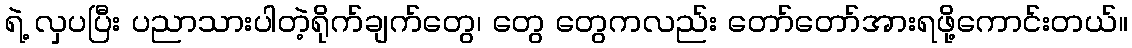
ရဲ့ လှပပြီး ပညာသားပါတဲ့ရိုက်ချက်တွေ၊ တွေ တွေကလည်း တော်တော်အားရဖို့ကောင်းတယ်။